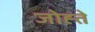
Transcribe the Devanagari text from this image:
जोह्ते